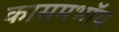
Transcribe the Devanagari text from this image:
कासमभॉय